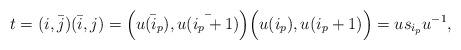
LaTeX: \begin{align*} t=(i,\bar{j})(\bar{i},j)=\Big(\bar{u(i_p)},\bar{u(i_p+1)}\Big)\Big(u(i_p),u(i_p+1)\Big)=us_{i_p}u^{-1},\end{align*}